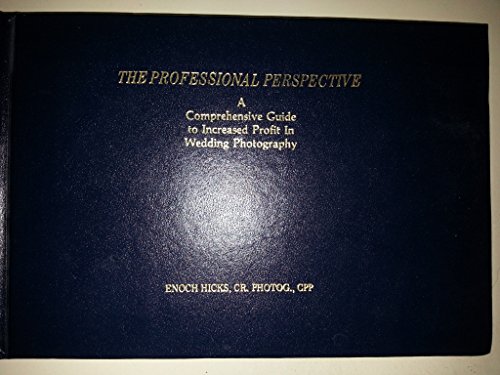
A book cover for The Professional Perspective: A Comprehensive Guide to Increased Profits in Wedding Photography; Enoch Hicks; Crafts, Hobbies & Home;